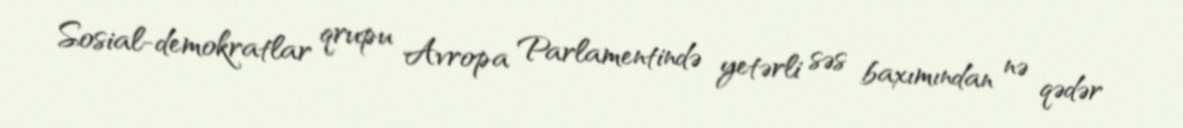
Sosial-demokratlar qrupu Avropa Parlamentində yetərli səs baxımından nə qədər